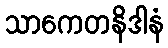
သာကေတနိဒါနံ